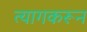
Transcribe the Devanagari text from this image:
त्यागकरून